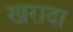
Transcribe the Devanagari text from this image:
खरादा